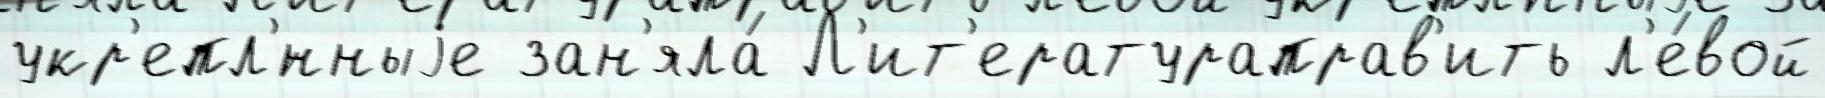
укр'епл'́нныjе зан'яла́ Л'ит'ератураправ'ить л'е́вой